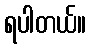
ရပါတယ်။